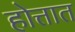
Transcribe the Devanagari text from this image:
होत्तात